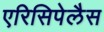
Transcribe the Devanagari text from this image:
एरिसिपेलैस